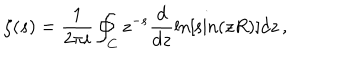
LaTeX: \zeta ( s ) = \frac { 1 } { 2 \pi i } \oint _ { C } z ^ { - s } \frac { d } { d z } \ln [ \sin ( z R ) ] d z \, { , }